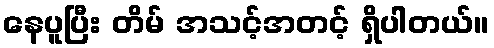
နေပူပြီး တိမ် အသင့်အတင့် ရှိပါတယ်။